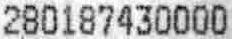
280187430000